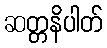
ဆတ္တနိပါတ်